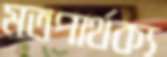
মতপার্থক্য